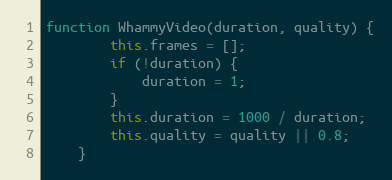
Language: JavaScript
function WhammyVideo(duration, quality) {
        this.frames = [];
        if (!duration) {
            duration = 1;
        }
        this.duration = 1000 / duration;
        this.quality = quality || 0.8;
    }